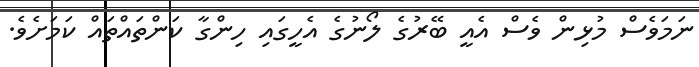
ނަމަވެސް މުޅިން ވެސް އެއީ ބޭރުގެ ލޯނުގެ އެހީގައި ހިންގާ ކަންތައްތައް ކަމަށެވެ.